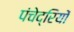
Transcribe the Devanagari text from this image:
पंचेद्रियों